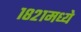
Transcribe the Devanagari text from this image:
१८२१मध्ये